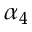
\alpha _ { 4 }